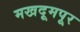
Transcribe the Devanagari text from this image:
मखदूमपूर